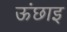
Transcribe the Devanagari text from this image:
ऊंछाइ